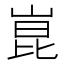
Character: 崑